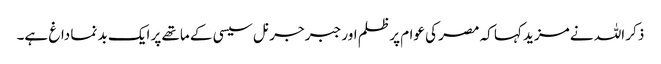
ذکر اللہ نے مزید کہا کہ مصر کی عوام پر ظلم اور جبر جرنل سیسی کے ماتھے پر ایک بد نما داغ ہے۔